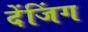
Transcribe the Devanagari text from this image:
देंजिंग